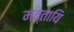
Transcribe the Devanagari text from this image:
मत्तायि